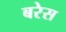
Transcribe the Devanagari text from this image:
बरेस